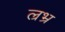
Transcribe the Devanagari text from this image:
ल्रभ्र